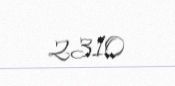
2310